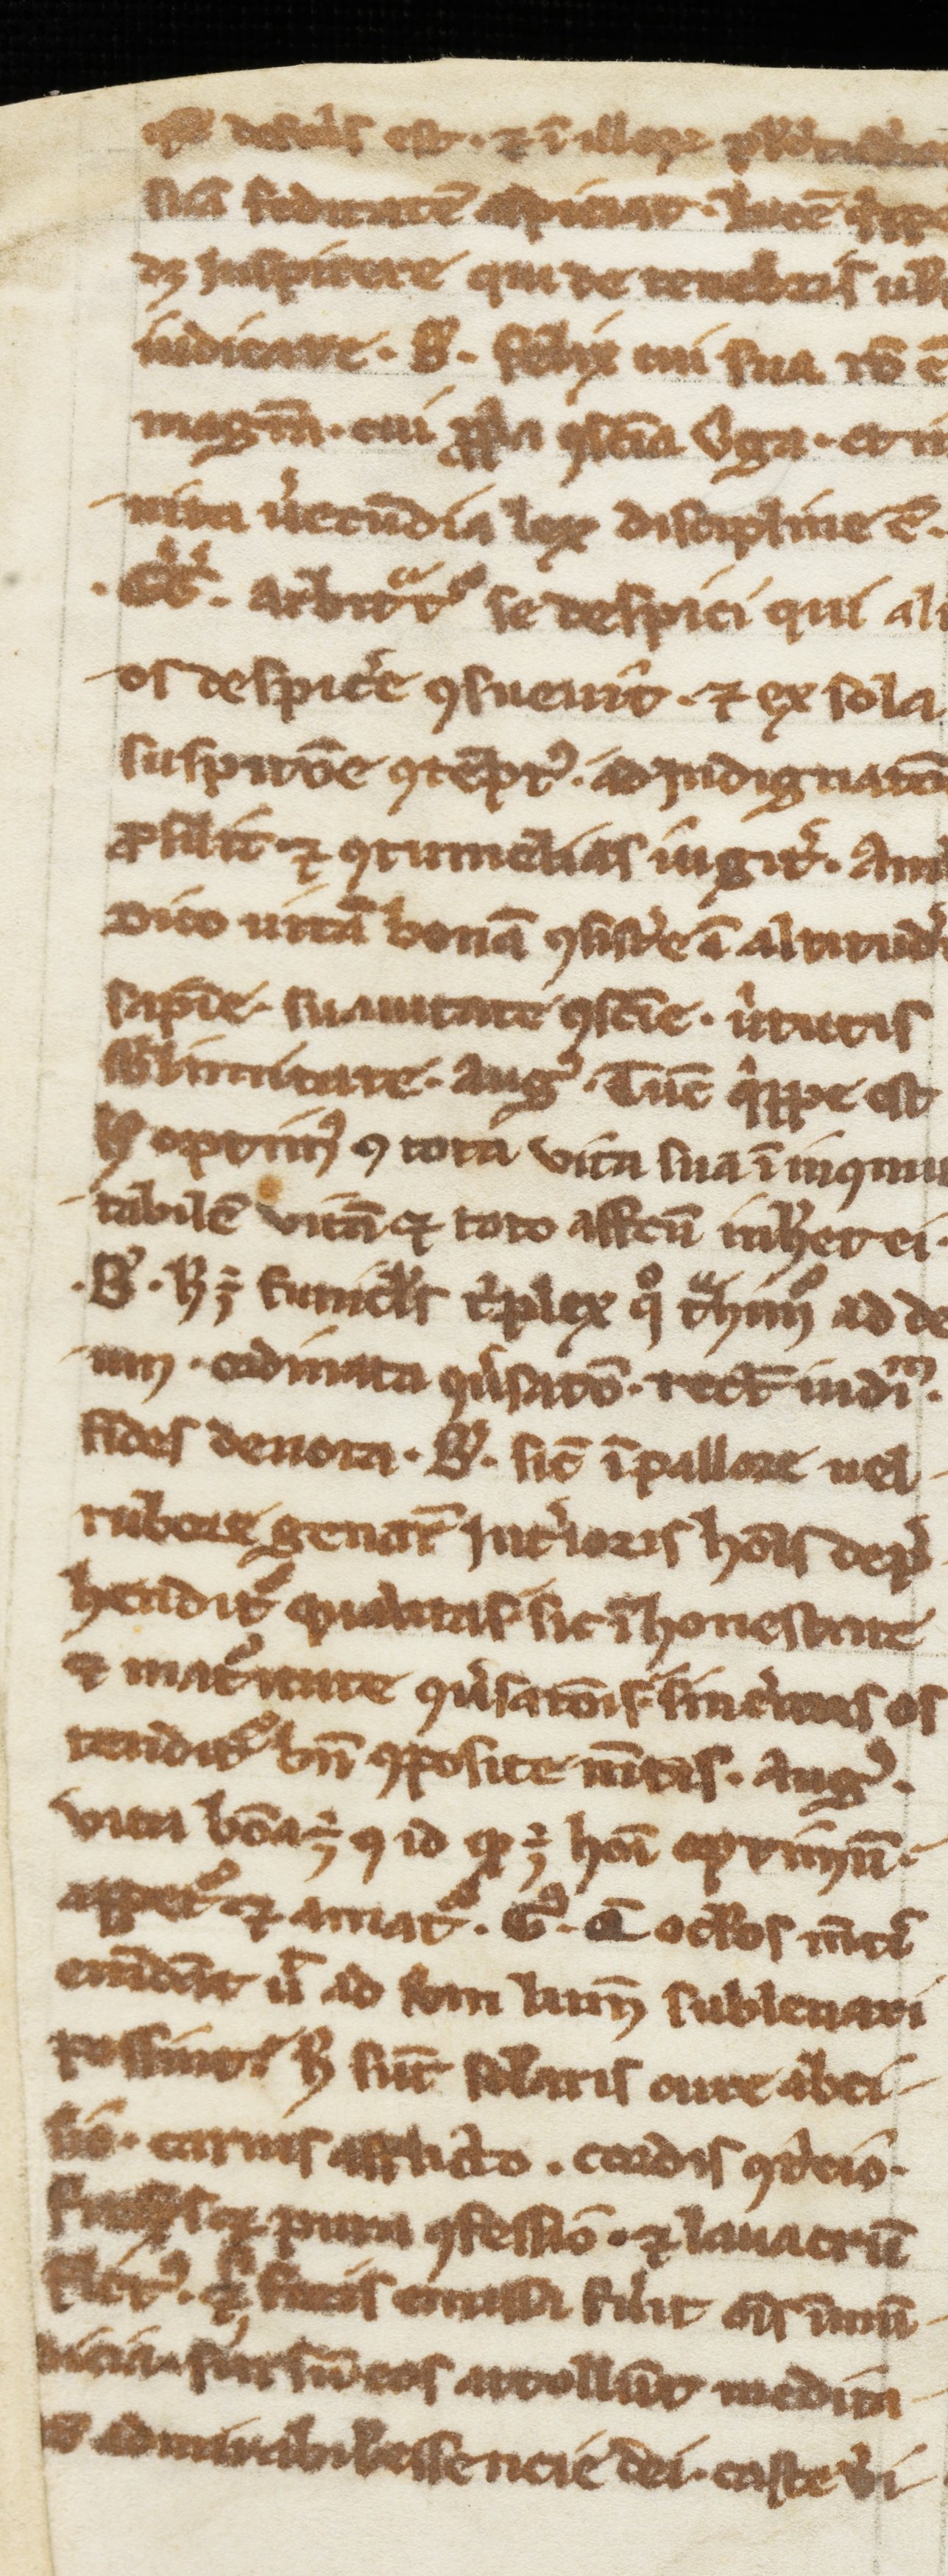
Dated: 900–1099